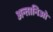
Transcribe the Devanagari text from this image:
अन्तानिओ